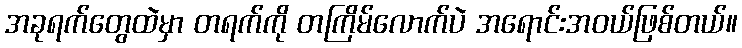
အခုရက်တွေထဲမှာ တရက်ကို တကြိမ်လောက်ပဲ အရောင်းအဝယ်ဖြစ်တယ်။